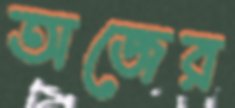
অজের